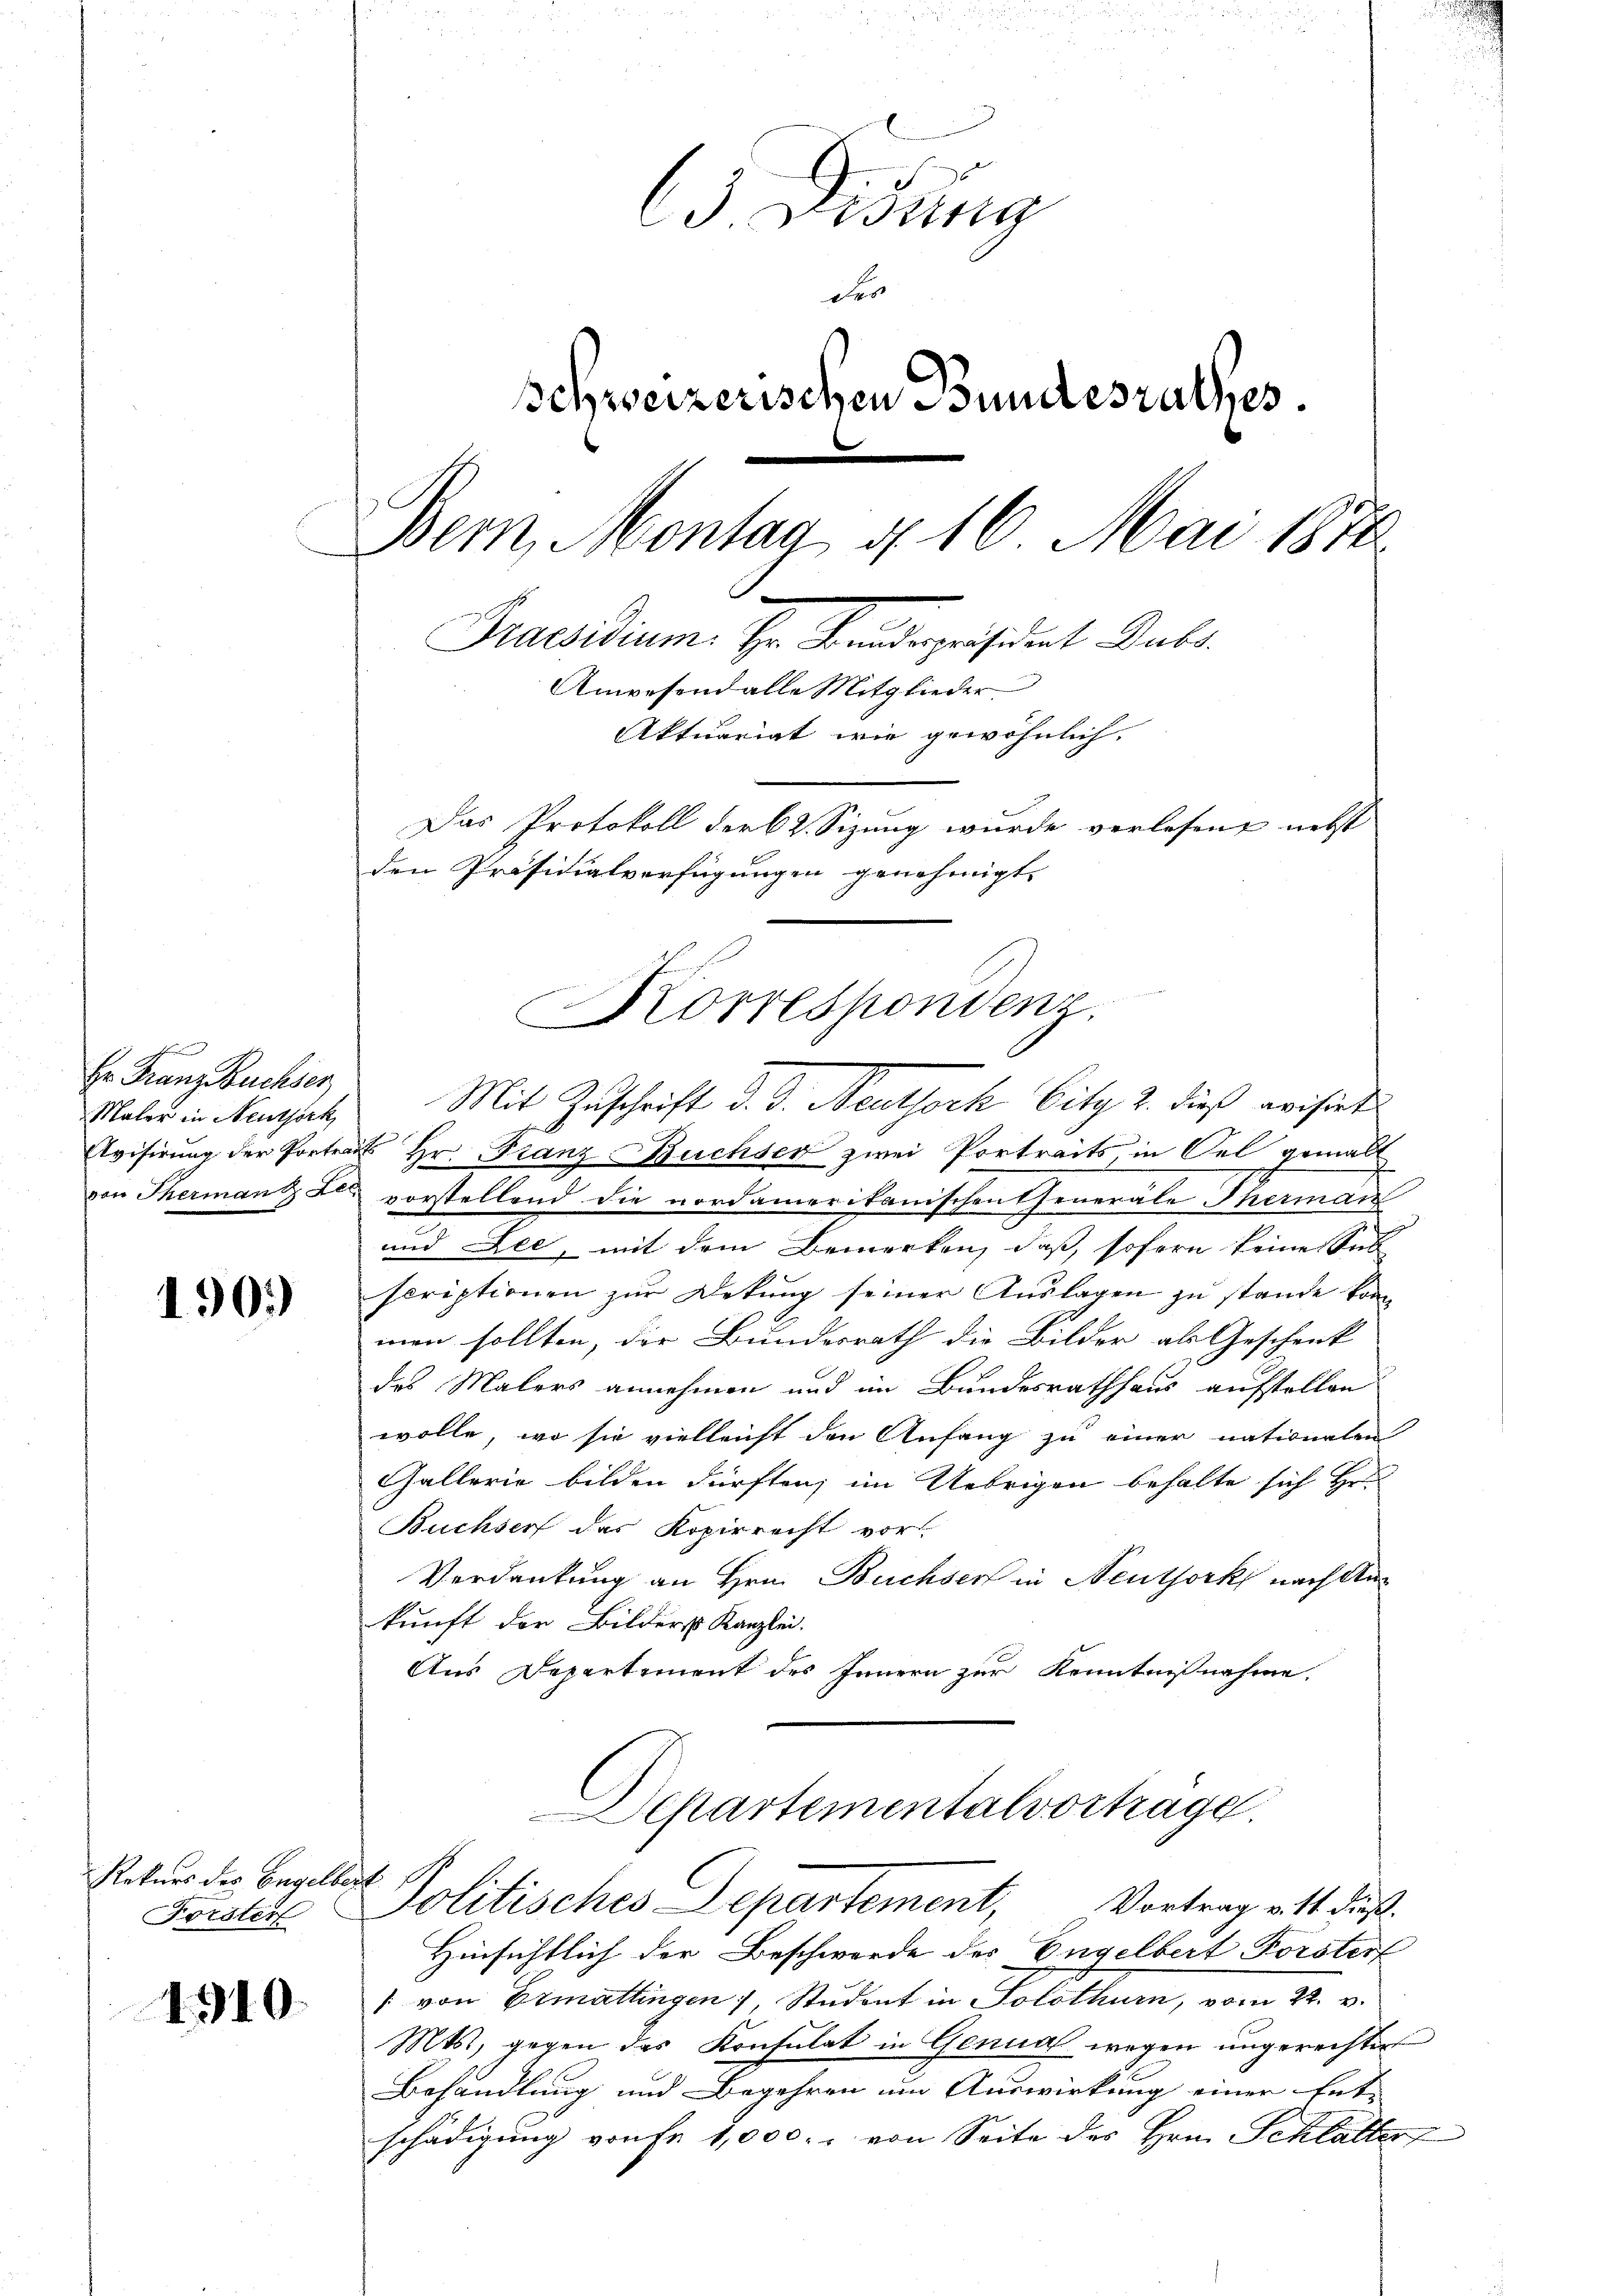
Hr. Franz Buchser
Maler in Neuthork
Avisirung der Portrag
von Thermand Les

190)

Rekurs des Engelbert
Forster

1910.

3 Didung
der
schweizerischen Bundesrathes.
Bem, Montag d. 16 Mai 1878
.
Praesidium. Hr. Bundespräsident Dubs
Anesend alle Mitglieder
Aktuariat wie gewöhnlich.
Das Protokoll der 2. Sizung wurde verlesen, nebst
den Präsidialverfügungen genehmigt. |

Mit Zuschrift d. J. Neuthock Citg 2. dieß weisret
t Hr. Franz Buchser zwei Portraits, in Oel gemalt
vorstellend die nordamerikanischen Generale Therman
und All, mit dem Bemerken, daß soforn keine Sub
scriptionen zur Dekung seiner Auslagen zu stande konn
men sollten, die Bundesrath die Bilder als Geschenk
des Malers annehmen und im Bundesrathhaus aufstellen
wolle, wo sie vielleicht den Anfang zu einer nationalen
Gallerie bilden dürften; im Uebrigen behalte sich Hr.
Buchserf des Kopirrecht vor.
Verdankung an Hrn. Buchser in Neuthork nach An
kunft der Bilders Kanzlei.
Aus Departement des Innern zur Kenntnißnahme.

Korrespondenz.

Hinsichtlich der Beschwerde des Engelbert Forster
/ von Ermattingen Student in Solothurn, vom 22. v.
Mts., gegen das Konsulat in Genual wegen ungerechtet
Behandlung und Begehren um Auswirkung einer Ent-
schädigung von Fr. 1,000. von Seite des Hrn. Schlatter

Departementalvortrage.
Politisches Departement, Vortrag mit dieß¬